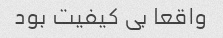
واقعا بی کیفیت بود